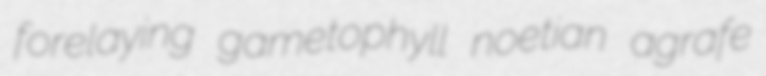
forelaying gametophyll noetian agrafe